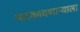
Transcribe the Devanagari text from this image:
पटकावणाऱ्याला